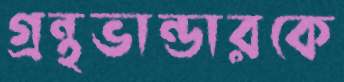
গ্রন্থভান্ডারকে